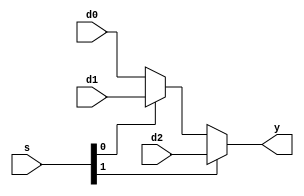
module mux3 #(parameter WIDTH = 8)
 (input wire [WIDTH-1:0] d0, d1, d2,
 input wire [1:0] s,
 output reg [WIDTH-1:0] y);
always@(*)
 y = s[1] ? d2 : (s[0] ? d1 :d0);
endmodule